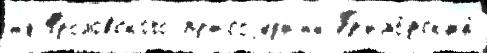
н'е Фроловского пр'исоjед'ин'́н Пр'имо́рск'ий